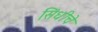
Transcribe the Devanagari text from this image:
सिंधीचे